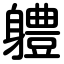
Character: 軆